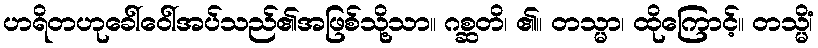
ဟရိတဟုခေါ်ဝေါ်အပ်သည်၏အဖြစ်သို့သာ။ ဂစ္ဆတိ၊ ၏။ တသ္မာ၊ ထိုကြောင့်။ တသ္မိံ၊